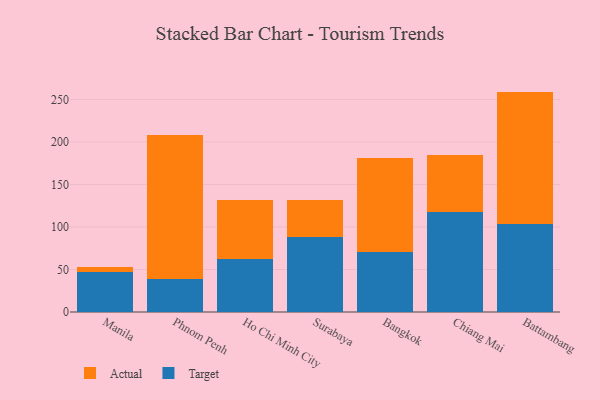
{"axis": {"x": "City", "y": "Bounce Rate (%)"}, "legend": ["Actual", "Target"], "data": [{"x": "Manila", "y": 47.4, "type": "Target"}, {"x": "Manila", "y": 5.8, "type": "Actual"}, {"x": "Phnom Penh", "y": 39.2, "type": "Target"}, {"x": "Phnom Penh", "y": 169.2, "type": "Actual"}, {"x": "Ho Chi Minh City", "y": 62.6, "type": "Target"}, {"x": "Ho Chi Minh City", "y": 69.4, "type": "Actual"}, {"x": "Surabaya", "y": 87.8, "type": "Target"}, {"x": "Surabaya", "y": 43.5, "type": "Actual"}, {"x": "Bangkok", "y": 70.9, "type": "Target"}, {"x": "Bangkok", "y": 109.7, "type": "Actual"}, {"x": "Chiang Mai", "y": 117.8, "type": "Target"}, {"x": "Chiang Mai", "y": 66.6, "type": "Actual"}, {"x": "Battambang", "y": 103.8, "type": "Target"}, {"x": "Battambang", "y": 155.4, "type": "Actual"}]}